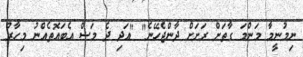
ނިމުނީމާ މަންމަ ގާތަށް ރަށަށް ދާންޖެހޭނެ" "އަދި ދެ މަސް އެބައޮތެއްނު މިހާރު